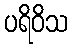
ပရိဝိသ